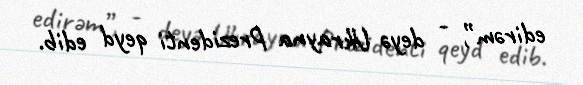
edirəm”, - deyə Ukrayna Prezidenti qeyd edib.